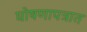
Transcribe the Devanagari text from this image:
घोषणापत्रात